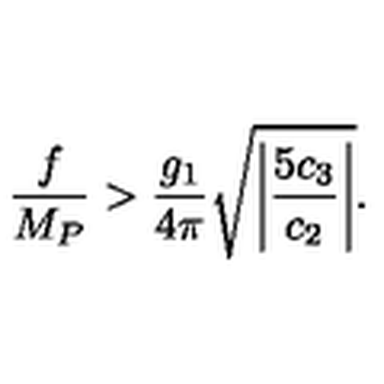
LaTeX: \frac { f } { M _ { P } } > \frac { g _ { 1 } } { 4 \pi } \sqrt { \left| \frac { 5 c _ { 3 } } { c _ { 2 } } \right| } .